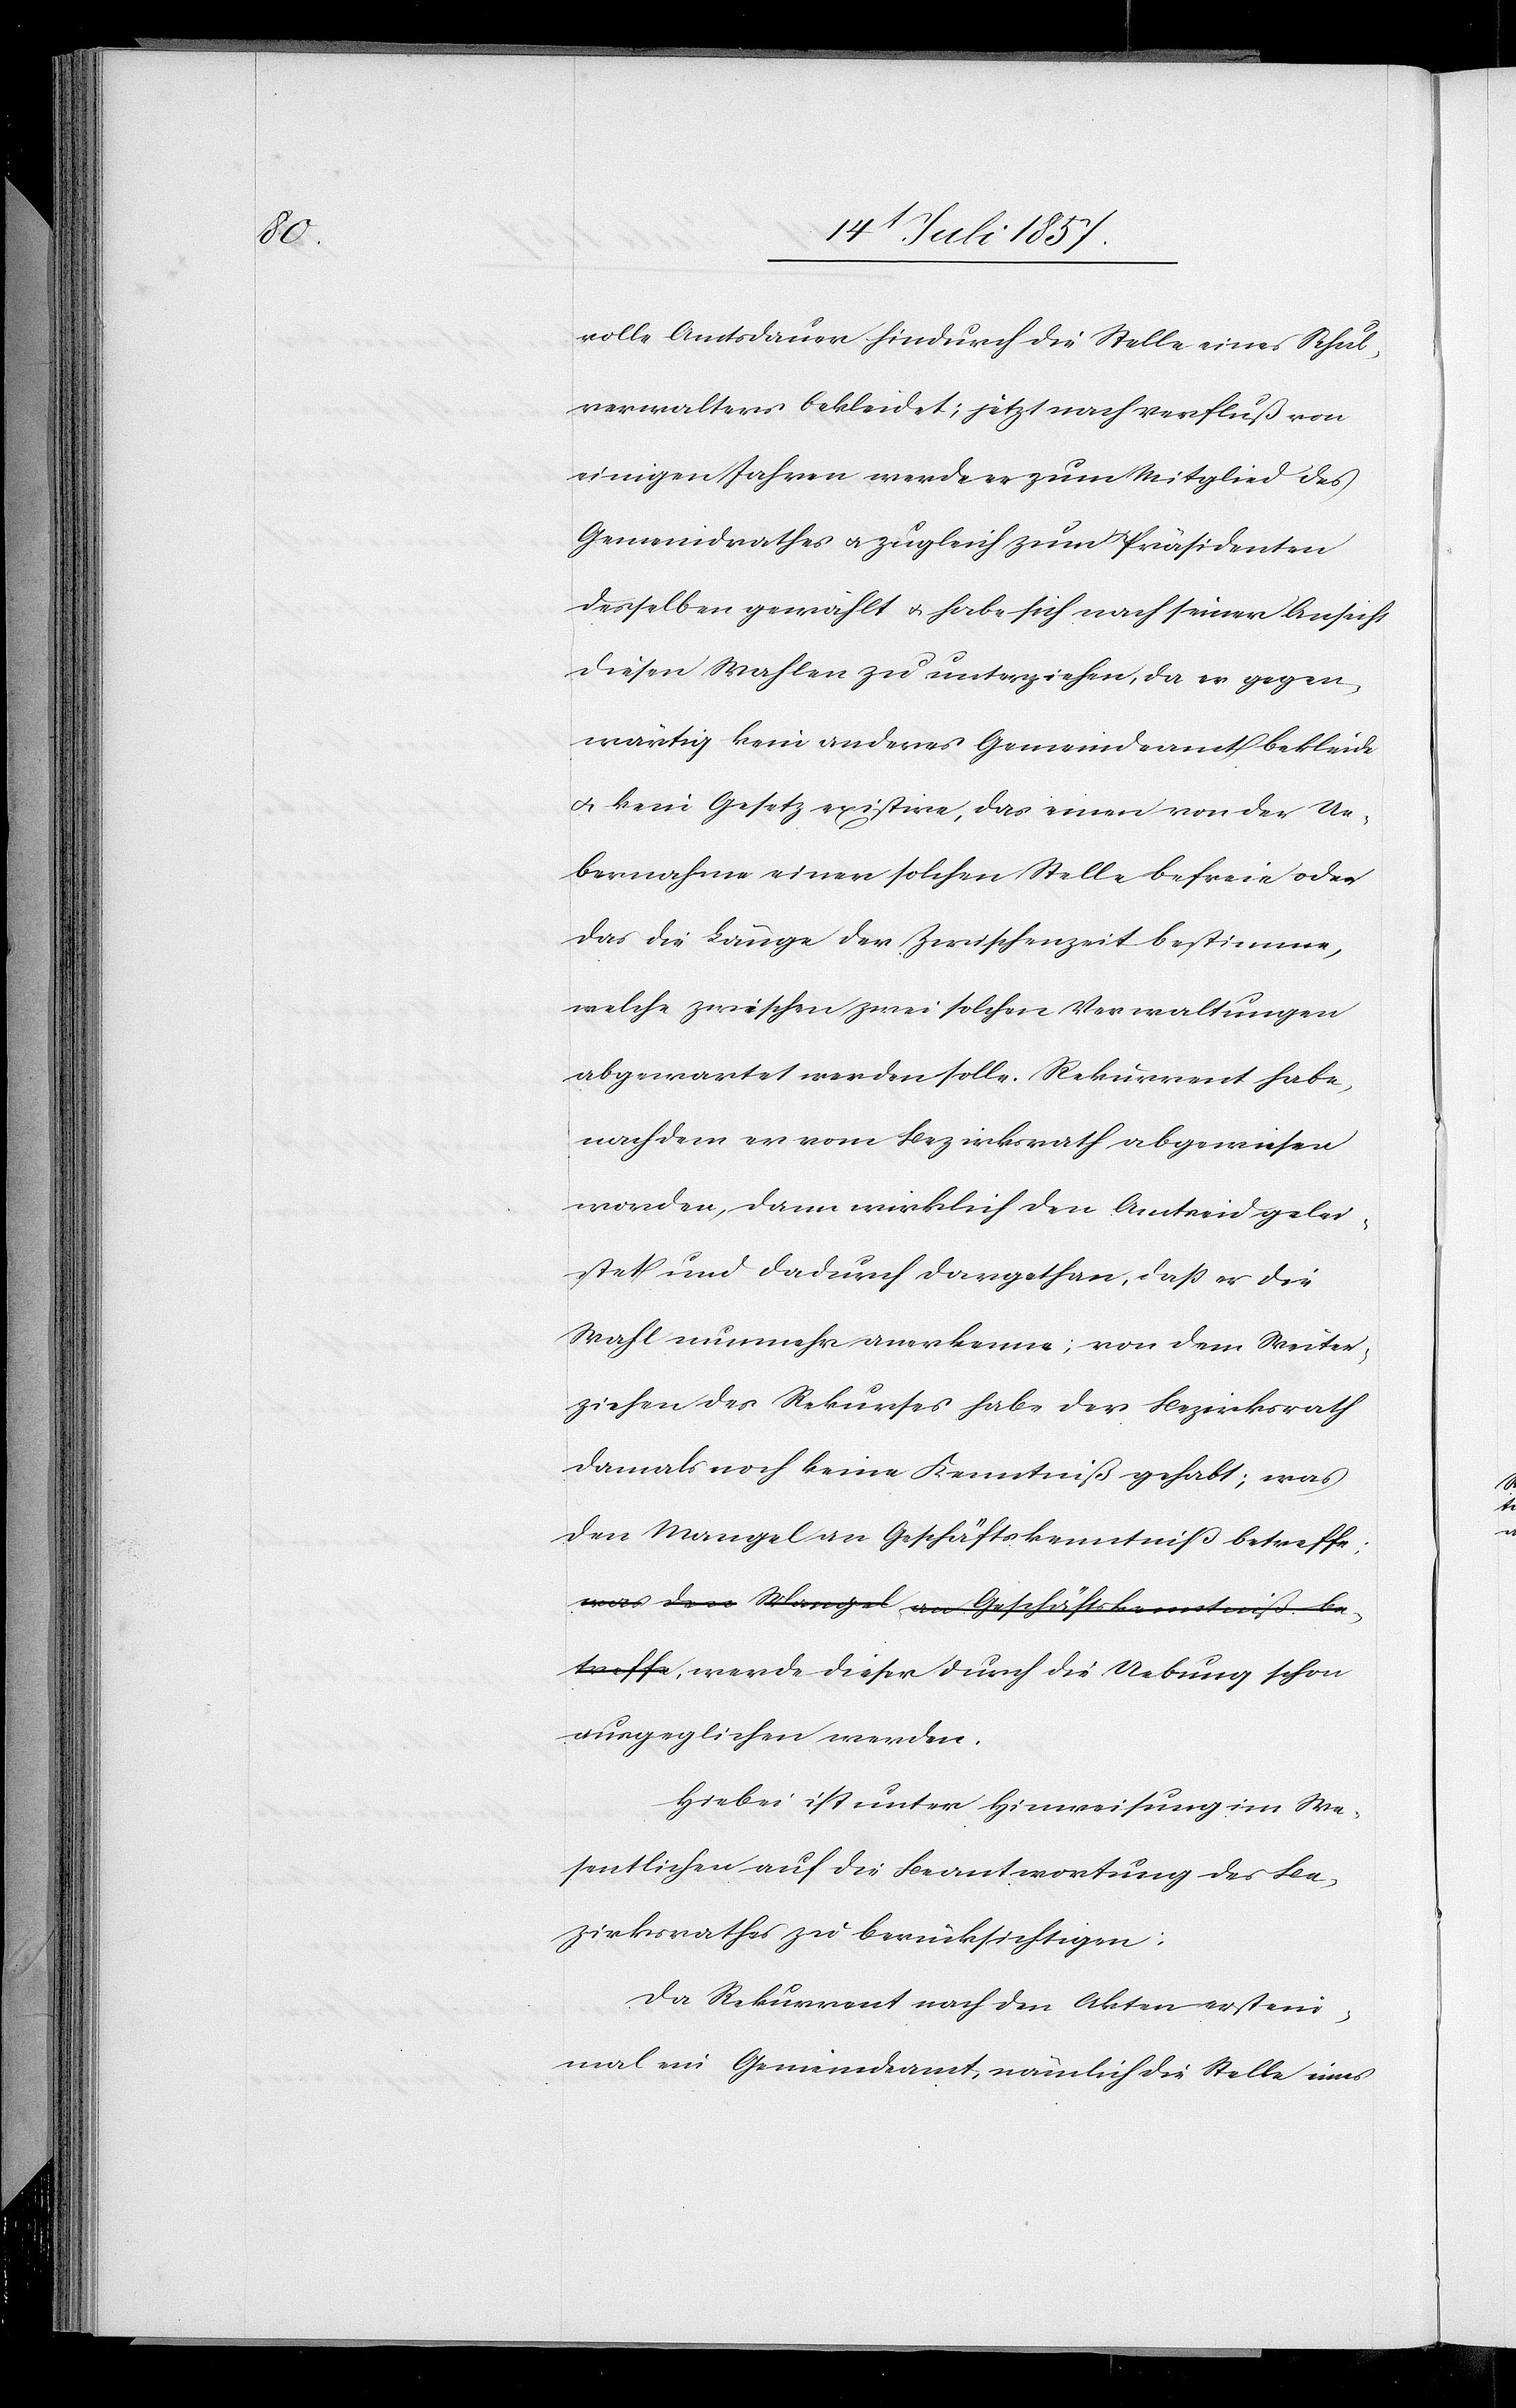
die

volle Amtsdauer hindurch die Stelle eines Schul¬
verwalter bekleidet; jetzt nach Verfluß von
einigen Jahren werde er zum Mitglied des
Gemeindrathes & zugleich zum Präsidenten
desselben gewählt & habe sich nach seiner Ansicht
dieser Wahl zu unterziehen, da er gegen¬
wärtig kein anderes Gemeindeamt bekleide
& kein Gesetz existire, das einen von der Ue¬
bernahme einer solchen Stelle befreie oder
das die Länge der Zwischenzeit bestimme,
welche zwischen zwei solchen Verwaltungen
abgewartet werden solle. Rekurrent habe,
nachdem er vom Bezirksrath abgewiesen
worden, dann wirklich dargethan, daß er
Wahl nunmehr anerkenne; von dem Weiter¬
ziehen des Rekurses habe der Bezirksrath
damals noch keine Kenntniß gehabt; was
den Mangel an Geschäftskenntniß be¬
treffe; werde dieser durch die Uebung schon
ausgeglichen werden.
Hiebei ist unter Hinweisung im We¬
sentlichen auf die Beantwortung des Be¬
zirksrathes zu berücksichtigen:
Da Rekurrent nach den Akten erst ein¬
mal im Gemeindamt, nämlich die Stelle eines